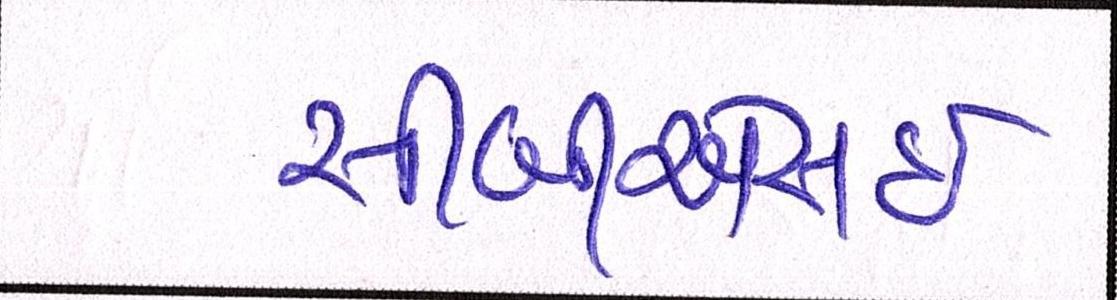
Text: સીબીએસઇ